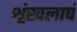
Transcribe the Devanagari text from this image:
शृंखलापं